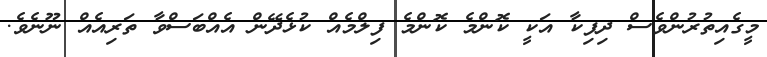
މީގެއިތުރުންވެސް ދިޕިކާ އަކީ ކޮންމެ ކޮންމެ ފިލްމެއް ކުޅެދޭން އެއްބަސްވާ ތަރިއެއް ނޫނެވެ.